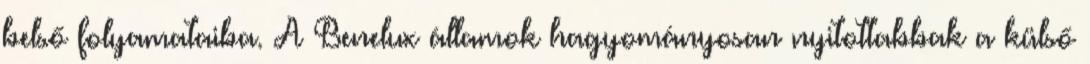
belső folyamataiba. A Benelux államok hagyományosan nyitottabbak a külső